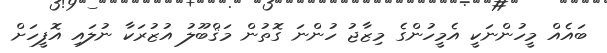
ބައެއް މީހުންނަކީ އެމީހުންގެ މިޒާޖު ހުންނަ ގޮތުން މަޤްބޫލު އުޒުރަކާ ނުލައި އޮފީހަށް